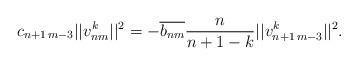
LaTeX: \begin{align*} c_{n+1\,m-3}||v_{nm}^k||^2= -\overline{b_{nm}}\frac{n}{n+1-k}||v_{n+1\,m-3}^{k}||^2.\end{align*}